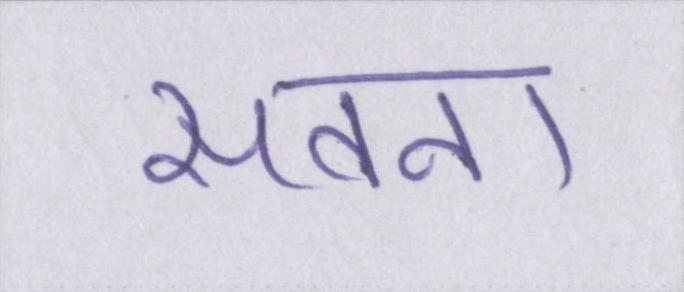
सतना